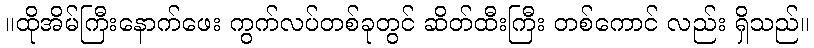
။ထိုအိမ်ကြီးနောက်ဖေး ကွက်လပ်တစ်ခုတွင် ဆိတ်ထီးကြီး တစ်ကောင် လည်း ရှိသည်။